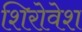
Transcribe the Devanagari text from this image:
शिरोवेश